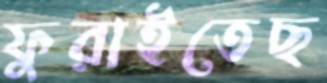
ফুরাইতেছ